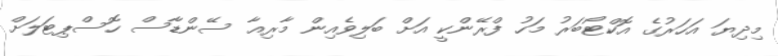
މިދިޔަ އަހަރުގެ އޮކްޓޯބަރު މަހު ފްރޭންކީ އަށް ބަލިވެއިން މާރިއާ ސޭންޑާސް ހޮސްޕިޓަލަށް